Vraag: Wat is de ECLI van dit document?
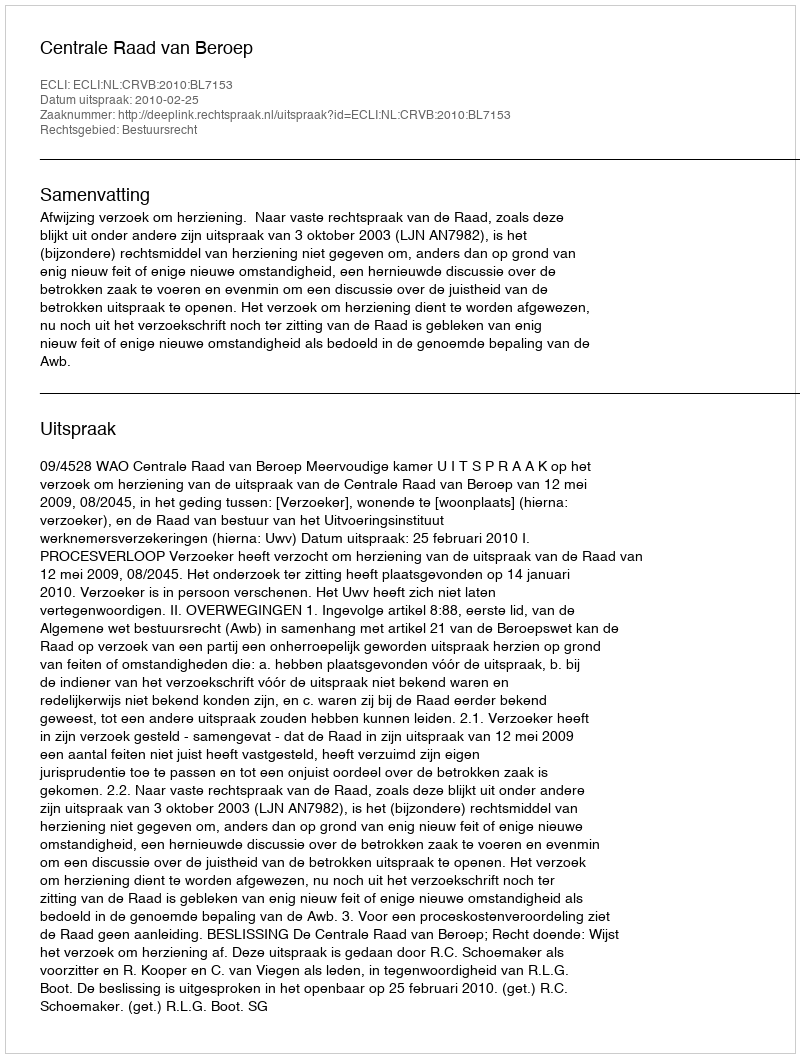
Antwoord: ECLI:NL:CRVB:2010:BL7153